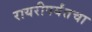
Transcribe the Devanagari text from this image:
रायरीपर्यंतचा